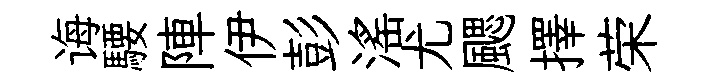
诲騕陣伊彭滛尤颸擇荣